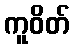
ကူဝိတ်